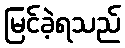
မြင်ခဲ့ရသည်